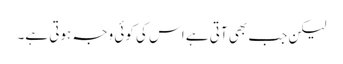
لیکن جب بھی آتی ہے اس کی کوئی وجہ ہوتی ہے۔